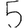
Digit: 5